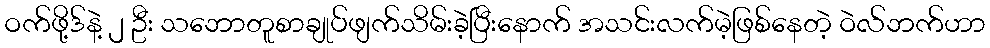
ဝက်ဖို့ဒ်နဲ့ ၂ ဦး သဘောတူစာချုပ်ဖျက်သိမ်းခဲ့ပြီးနောက် အသင်းလက်မဲ့ဖြစ်နေတဲ့ ဝဲလ်ဘက်ဟာ